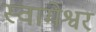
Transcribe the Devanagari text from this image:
स्वामेश्वर